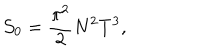
LaTeX: { \cal S } _ { 0 } = \frac { \pi ^ { 2 } } { 2 } N ^ { 2 } T ^ { 3 } ,